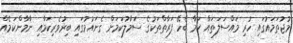
މުޖުތަމައުގައި ހުރި މައްސަލަތައް ކަމާ ބެހޭ ފަރާތްތަކުގެ ސަމާލުކަމަށް ގެނައުމުގައި ބިރުވެރިކަމާއި ނާމާންކަމެއް